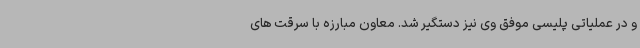
و در عملیاتی پلیسی موفق وی نیز دستگیر شد. معاون مبارزه با سرقت های